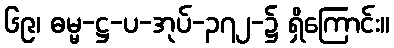
၆၉၊ ဓမ္မ-ဋ္ဌ-ပ-အုပ်-၃၇၂-၌ ရှိကြောင်း။